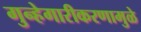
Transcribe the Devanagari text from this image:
गुन्हेगारीकरणामुळे